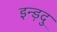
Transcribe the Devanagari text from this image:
इन्ड़दु